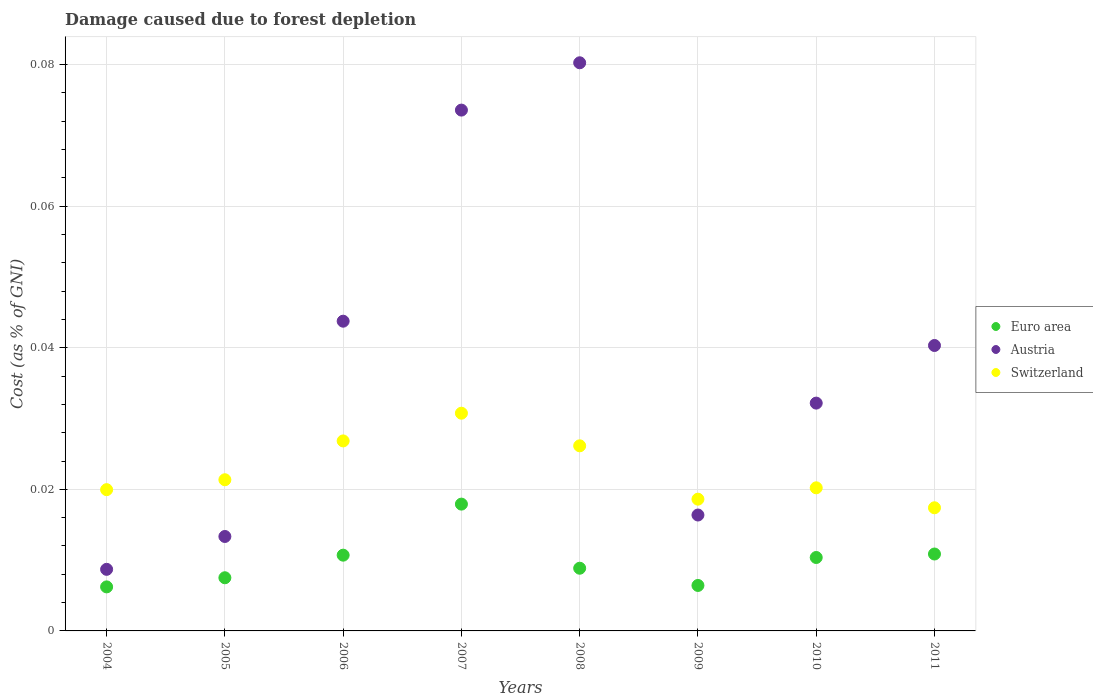
| Years | Euro area | Austria | Switzerland |
 | --- | --- | --- | --- |
 | 2004 | 0.00622 | 0.0087 | 0.02 |
 | 2005 | 0.00751 | 0.0133 | 0.0214 |
 | 2006 | 0.0107 | 0.0438 | 0.0268 |
 | 2007 | 0.0179 | 0.0736 | 0.0308 |
 | 2008 | 0.00886 | 0.0803 | 0.0262 |
 | 2009 | 0.00642 | 0.0164 | 0.0186 |
 | 2010 | 0.0104 | 0.0322 | 0.0202 |
 | 2011 | 0.0109 | 0.0403 | 0.0174 |